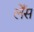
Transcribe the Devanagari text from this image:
लेँस